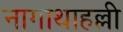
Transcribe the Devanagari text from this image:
नागाथाहल्ली